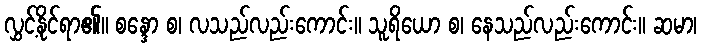
လွှင့်နိုင်ရာ၏။ စန္ဒော စ၊ လသည်လည်းကောင်း။ သူရိယော စ၊ နေသည်လည်းကောင်း။ ဆမာ၊